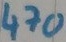
Text: 470Ω